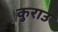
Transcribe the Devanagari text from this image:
कुराउ